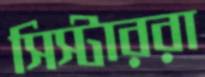
সিস্টাররা